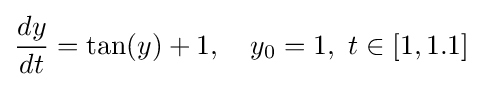
{\frac {dy}{dt}}=\tan(y)+1,\quad y_{0}=1,\ t\in [1,1.1]